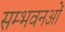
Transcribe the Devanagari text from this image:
सम्भवनओं